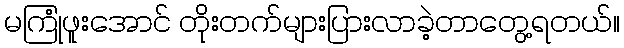
မကြုံဖူးအောင် တိုးတက်များပြားလာခဲ့တာတွေ့ရတယ်။